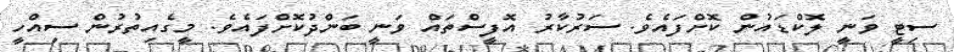
ސިޓީ ވަނީ ލޮކްޑައުން ކޮށްފައެވެ. ސަރުކާރު އޮފީސްތައް ވަނީ ބަންދުކޮށްފައެވެ. މީގެއިތުރުން ސިއްހީ